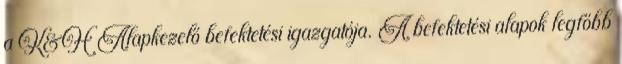
a K&H Alapkezelő befektetési igazgatója. A befektetési alapok legfőbb